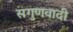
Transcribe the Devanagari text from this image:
सगुणवादी